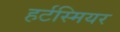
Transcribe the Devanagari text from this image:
हर्टस्मियर